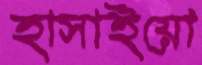
হাসাইয়ো